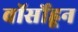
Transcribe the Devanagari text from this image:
वॉर्सोहून